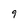
Character: 9